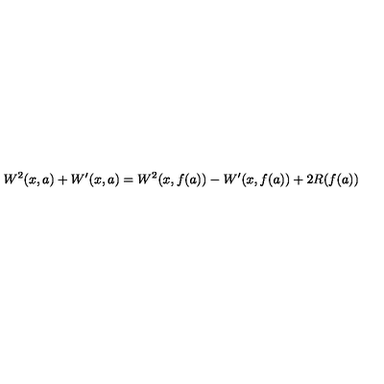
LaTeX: W ^ { 2 } ( x , a ) + W ^ { \prime } ( x , a ) = W ^ { 2 } ( x , f ( a ) ) - W ^ { \prime } ( x , f ( a ) ) + 2 R ( f ( a ) )